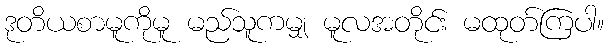
ဒုတိယစာမူကိုမူ မည်သူကမျှ မူလအတိုင်း မထုတ်ကြပါ။